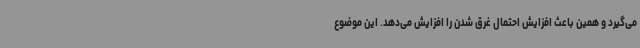
می‌گیرد و همین باعث افزایش احتمال غرق شدن را افزایش می‌دهد. این موضوع